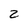
Character: 2